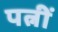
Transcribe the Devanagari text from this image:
पत्नीं